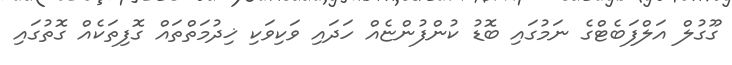
ގޫގުލް އަލްފަބެޓްގެ ނަމުގައި ބޮޑު ކުންފުންޏެއް ހަދައި ވަކިވަކި ޚިދުމަތްތައް ގޮފިތަކެއް ގޮތުގައި